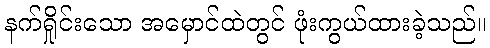
နက်ရှိုင်းသော အမှောင်ထဲတွင် ဖုံးကွယ်ထားခဲ့သည်။